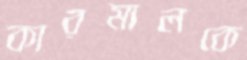
কারমালকে